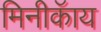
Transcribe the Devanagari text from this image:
मिनीकॅाय